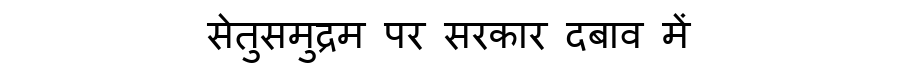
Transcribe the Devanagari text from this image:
सेतुसमुद्रम पर सरकार दबाव में